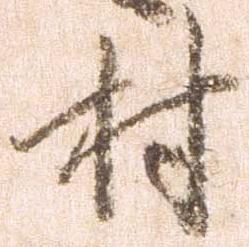
村